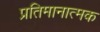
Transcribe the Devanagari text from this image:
प्रतिमानात्मक